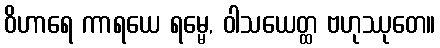
ဝိဟာရေ ကာရယေ ရမ္မေ, ဝါသယေတ္ထ ဗဟုဿုတေ။